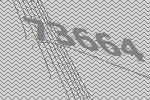
73664